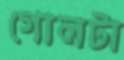
গোলটা